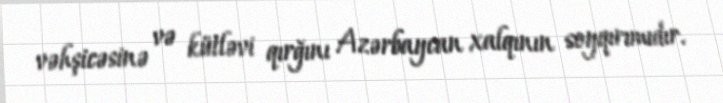
vəhşicəsinə və kütləvi qırğını Azərbaycan xalqının soyqırımıdır.